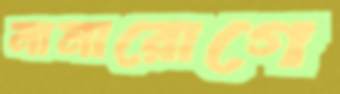
নানারোগে